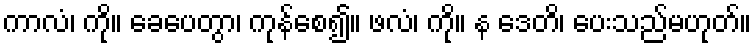
ကာလံ၊ ကို။ ခေပေတွာ၊ ကုန်စေ၍။ ဖလံ၊ ကို။ န ဒေတိ၊ ပေးသည်မဟုတ်။